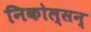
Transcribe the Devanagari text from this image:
निकोल्सन्‌